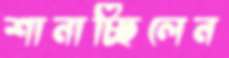
শানাচ্ছিলেন